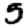
Digit: 5